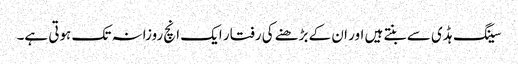
سینگ ہڈی سے بنتے ہیں اور ان کے بڑھنے کی رفتار ایک انچ روزانہ تک ہوتی ہے۔